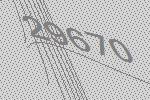
29670